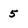
Character: 5